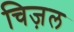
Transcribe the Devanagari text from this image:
चिज़ल